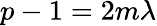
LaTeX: p-1=2m\lambda